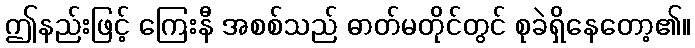
ဤနည်းဖြင့် ကြေးနီ အစစ်သည် ဓာတ်မတိုင်တွင် စုခဲရှိနေတော့၏။